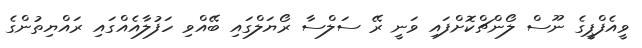
ވީއެފްޕީގެ ނޫސް ލޯންޗްކޮށްފައި ވަނީ ރޭ ސަލްސާ ރޯޔަލްގައި ބޭއްވި ހަފުލާއެއްގައި ރައްޔިތުންގެ